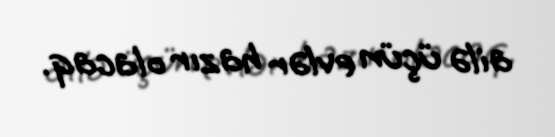
ailə üçün evlər hazır olacaq.